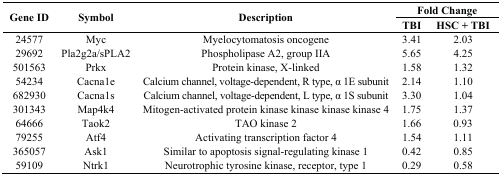
<table><thead><tr><td rowspan="2"><b>Gene ID</b></td><td rowspan="2"><b>Symbol</b></td><td rowspan="2"><b>Description</b></td><td colspan="2"><b>Fold Change</b></td></tr><tr><td><b>TBI</b></td><td><b>HSC + TBI</b></td></tr></thead><tbody><tr><td>24577</td><td>Myc</td><td>Myelocytomatosis oncogene</td><td>3.41</td><td>2.03</td></tr><tr><td>29692</td><td>Pla2g2a/sPLA2</td><td>Phospholipase A2, group IIA</td><td>5.65</td><td>4.25</td></tr><tr><td>501563</td><td>Prkx</td><td>Protein kinase, X-linked</td><td>1.58</td><td>1.32</td></tr><tr><td>54234</td><td>Cacna1e</td><td>Calcium channel, voltage-dependent, R type, α 1E subunit</td><td>2.14</td><td>1.10</td></tr><tr><td>682930</td><td>Cacna1s</td><td>Calcium channel, voltage-dependent, L type, α 1S subunit</td><td>3.30</td><td>1.04</td></tr><tr><td>301343</td><td>Map4k4</td><td>Mitogen-activated protein kinase kinase kinase kinase 4</td><td>1.75</td><td>1.37</td></tr><tr><td>64666</td><td>Taok2</td><td>TAO kinase 2</td><td>1.66</td><td>0.93</td></tr><tr><td>79255</td><td>Atf4</td><td>Activating transcription factor 4</td><td>1.54</td><td>1.11</td></tr><tr><td>365057</td><td>Ask1</td><td>Similar to apoptosis signal-regulating kinase 1</td><td>0.42</td><td>0.85</td></tr><tr><td>59109</td><td>Ntrk1</td><td>Neurotrophic tyrosine kinase, receptor, type 1</td><td>0.29</td><td>0.58</td></tr></tbody></table>